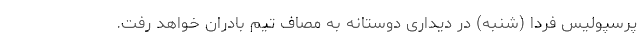
پرسپولیس فردا (شنبه) در دیداری دوستانه به مصاف تیم بادران خواهد رفت.